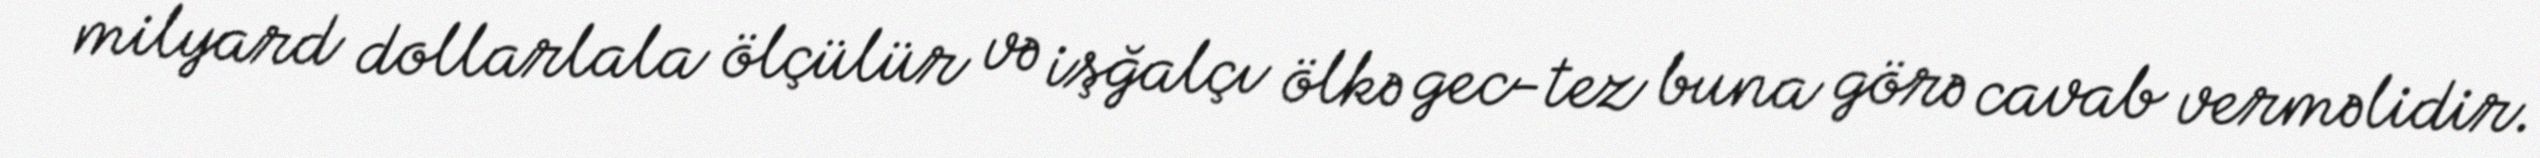
milyard dollarlala ölçülür və işğalçı ölkə gec-tez buna görə cavab verməlidir.